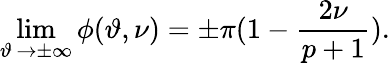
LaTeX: \operatorname*{lim}_{\vartheta\, \rightarrow\pm\infty}\phi(\vartheta,\nu)=\pm\pi(1-\displaystyle\frac{2\nu}{p+1}).